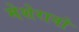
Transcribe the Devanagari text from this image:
मेशेरानो